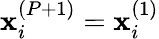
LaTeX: \mathbf{x}_{i}^{(P+1)}=\mathbf{x}_{i}^{(1)}